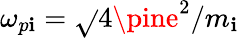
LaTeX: \omega_{p\mathbf{i}}=\sqrt{}{{4\pine^{2}/m_{\mathbf{i}}}}